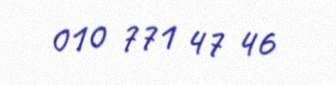
010 771 47 46